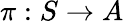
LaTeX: \pi:S\rightarrow A